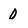
Character: 0